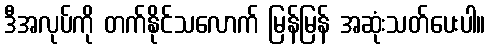
ဒီအလုပ်ကို တက်နိုင်သလောက် မြန်မြန် အဆုံးသတ်ပေးပါ။